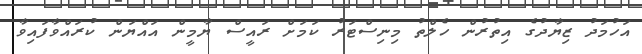
އަހުމަދު ޒިޔާދުގެ އިތުރުން ހެލްތު މިނިސްޓަރު ކަމަށް ރައީސް ޔާމީން އައްޔަން ކުރައްވާފައިވާ